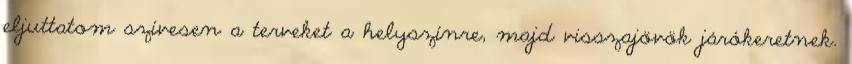
eljuttatom szívesen a terveket a helyszínre, majd visszajövök járókeretnek.